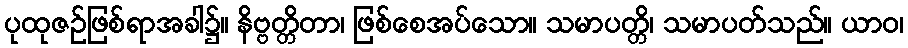
ပုထုဇဉ်ဖြစ်ရာအခါ၌။ နိဗ္ဗတ္တိတာ၊ ဖြစ်စေအပ်သော။ သမာပတ္တိ၊ သမာပတ်သည်။ ယာဝ၊